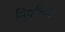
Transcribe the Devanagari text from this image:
नियुक्तिया